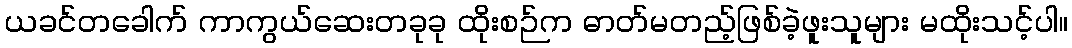
ယခင်တခေါက် ကာကွယ်ဆေးတခုခု ထိုးစဉ်က ဓာတ်မတည့်ဖြစ်ခဲ့ဖူးသူများ မထိုးသင့်ပါ။